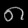
Digit: ၈